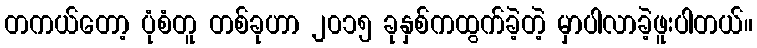
တကယ်တော့ ပုံစံတူ တစ်ခုဟာ ၂၀၁၅ ခုနှစ်ကထွက်ခဲ့တဲ့ မှာပါလာခဲ့ဖူးပါတယ်။